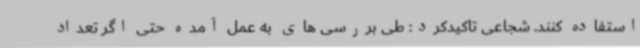
استفاده کنند. شجاعی تاکیدکرد: طی بررسی های به عمل آمده حتی اگر تعداد